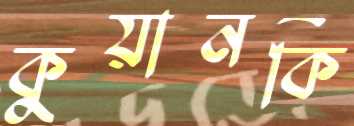
কুয়ানকি